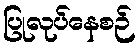
ပြုလုပ်နေစဉ်